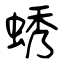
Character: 蜏